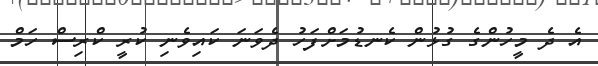
އެ ދެ މީހުންގެ ގުޅުން ކެނޑުމަށްފަހު ދެވަނަ ކައިވެނި ކުރީ ކްރިސް ހަމް